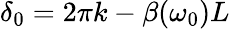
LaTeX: \delta_{0}=2\pi k-\beta(\omega_{0})L